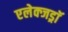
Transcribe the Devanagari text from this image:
एलेक्जड्राॅ